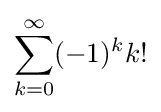
\sum _{k=0}^{\infty }(-1)^{k}k!